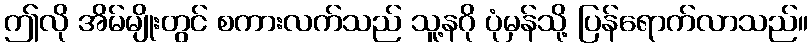
ဤလို အိမ်မျိုးတွင် စကားလက်သည် သူ့နဂို ပုံမှန်သို့ ပြန်ရောက်လာသည်။